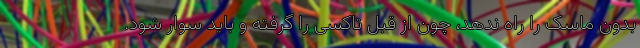
بدون ماسک را راه ندهد، چون از قبل تاکسی را گرفته و باید سوار شود.